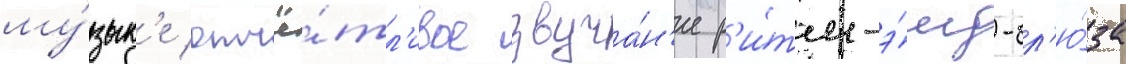
му́зык'е отчё́тл'ивое звуча́н'ие р'и́тм-э́нд-бл'ю́за